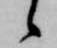
候